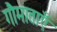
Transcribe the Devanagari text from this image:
गौमाताएँ